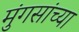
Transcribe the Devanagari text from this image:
मुंगसांच्या